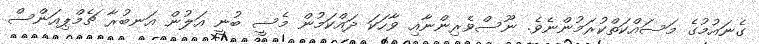
ގެނައުމުގެ މަސައްކަތްކުރަމުންނެވެ. ނޫސްވެރިންނާއި ވާހަކަ ދައްކަމުން މެސީ ބުނީ އަލުން އަނބުރާ ޗެމްޕިއަންސް